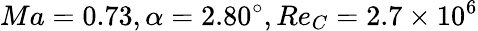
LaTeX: Ma=0.73,\alpha=2.80^{\circ},Re_{C}=2.7\times 10^{6}